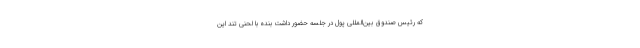
که رئیس صندوق بین‌المللی پول در جلسه حضور داشت بنده با لحنی تند این